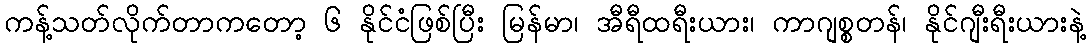
ကန့်သတ်လိုက်တာကတော့ ၆ နိုင်ငံဖြစ်ပြီး မြန်မာ၊ အီရီထရီးယား၊ ကာဂျစ္စတန်၊ နိုင်ဂျီးရီးယားနဲ့